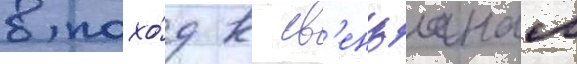
в похо́д к св'енцянам